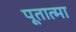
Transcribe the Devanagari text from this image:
पूतात्मा